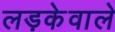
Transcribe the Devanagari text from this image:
लड़केवाले